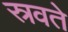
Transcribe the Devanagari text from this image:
स्रवते